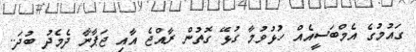
ގައުމުގެ އެމްބަސީއެއް ހުޅުވުމާ ގުޅޭ ގޮތުން ރާއްޖެ އާއި ޖަޕާނާ ދެމެދު ބުދަ..